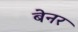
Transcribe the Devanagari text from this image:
बेनर